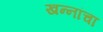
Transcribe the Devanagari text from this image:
खन्‍नांचा